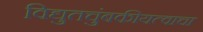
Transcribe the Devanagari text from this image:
विद्युतचुंबकीयत्वाचा